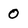
Character: 0